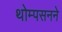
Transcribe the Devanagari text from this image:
थोम्पसनने